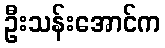
ဦးသန်းအောင်က